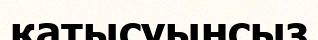
қатысуынсыз